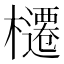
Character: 櫏